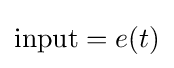
{\text{input}}=e(t)